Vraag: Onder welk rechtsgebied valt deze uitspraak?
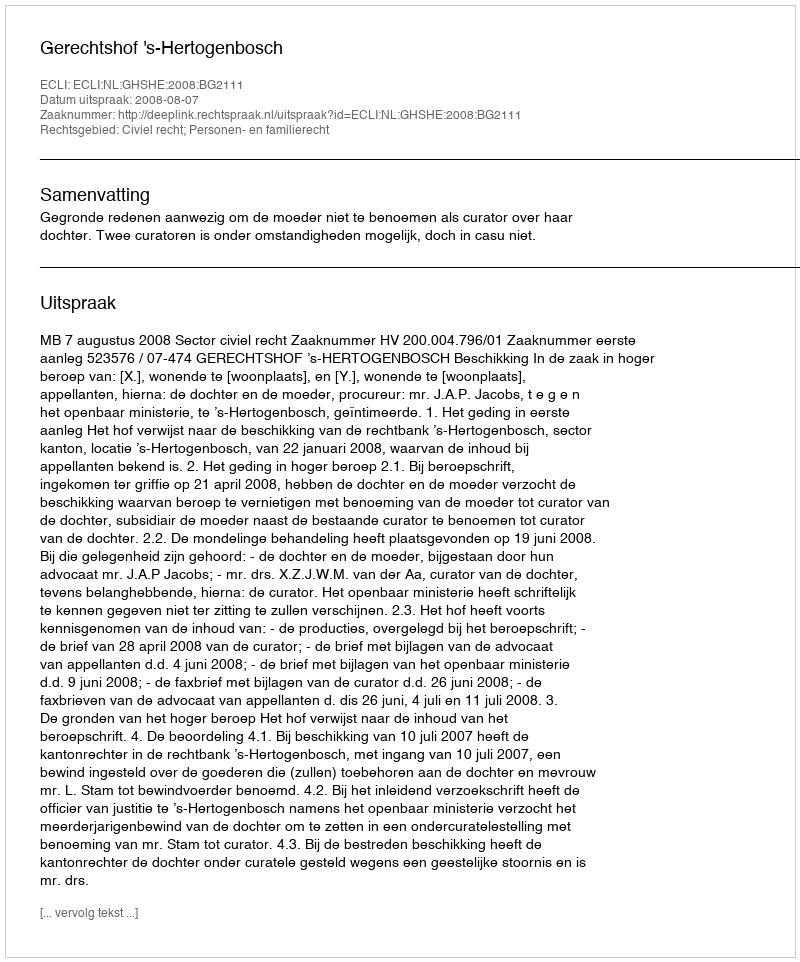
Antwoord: Civiel recht; Personen- en familierecht